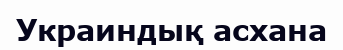
Украиндық асхана